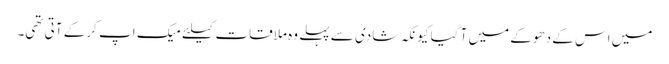
میں اس کے دھوکے میں آ گیا کیونکہ شادی سے پہلے وہ ملاقات کیلئے میک اپ کر کے آتی تھی۔